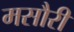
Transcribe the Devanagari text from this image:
मसौरी